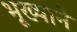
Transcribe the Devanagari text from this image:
भूख्याने